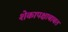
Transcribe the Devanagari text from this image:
शेकापक्षाबाबत